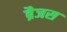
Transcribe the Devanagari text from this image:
ब्रैजस